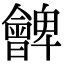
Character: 朇